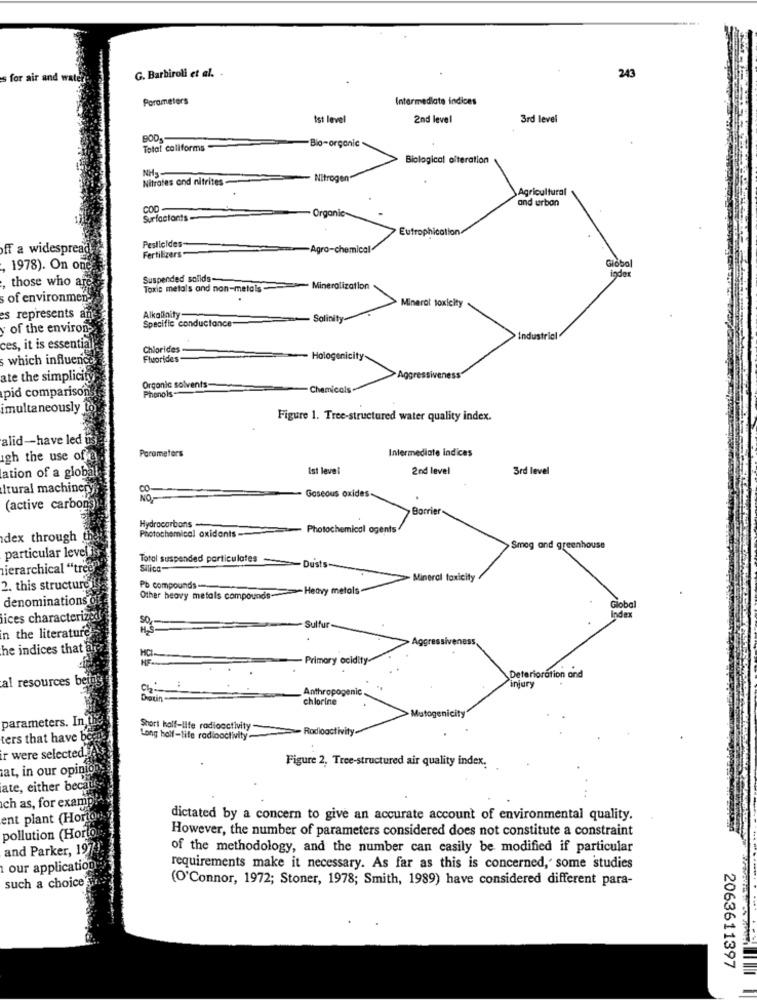
G. Barbiroli et al.
s for
243
Parameters
Intermediate indices
tst level
2nd level
3rd level
Total coliforms
-Bio-organic
Biological alteration
NH3.
Nitrates and nitrites
Nitrogen
Agricultural
and urban
COD
Surfactants-
Organic
Eutrophication
Pesticides-
ff a widespread
Fertilizers
-Agro-chemical
lobal
1978). On one
oder
those who are
Suspended solids-
Toxic metals and non-metals -
Mineralization
of environmen-
Mineral toxicity
es represents a
Alkalinity
Specific conductance
Salinity-
of the environ-
Industrial
ces, it is essentia
Chlorides
which influenc
Fluorides
Halogenicity
ate the simplicity
Agen
pid comparison
Organic solvents-
Chemicals
Phenols
imultaneously
Figure 1. Tree-structured water quality index.
alid-have led
Parameters
Intermediate indices
igh the use of
ation of a glob
Ist level
2nd level
3rd level
Itural machinery
CO-
NO.
Gaseous oxides.
(active carbons
Borrier
Hydrocarbons
Photochemical oxidants
Photochemical ogents
dex through
particular level 1
Smog and greenhouse
Total suspended particulates
hierarchical "tre
Silica-
Dusts-
Mineral toxicity
2. this structure
Pb compounds --
Other heavy metals compounds- Heavy metals-
denominations o
Global
lices characterize
Index
Sulfur-
n the literature
Aggress
veness
he indices that
- Primary acidity-
al resources bei
Deterioration and
injury
Anthropogenic
Dati
chlorine
Mistogenicity
parameters. In,
Short half-life radioactivity-
Radioactivity.
ters that have b
Long half-life radioactivity
ir were selected.
Figure 2, Tree-structured air quality index.
at, in our opini
ate, either beca
ich as, for exam]
ent plant (Hori
dictated by a concern to give an accurate account of environmental quality.
However, the number of parameters considered does not constitute a constraint
pollution (Horto
and Parker, 197
of the methodology, and the number can easily be modified if particular
our application
requirements make it necessary. As far as this is concerned, some studies
such a choice
(O'Connor, 1972; Stoner, 1978; Smith, 1989) have considered different para-
20
2063611397